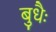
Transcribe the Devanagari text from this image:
बुधैः